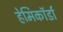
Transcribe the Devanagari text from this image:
हेमिकॉर्डा